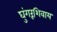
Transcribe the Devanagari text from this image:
घुंगरूंशिवाय